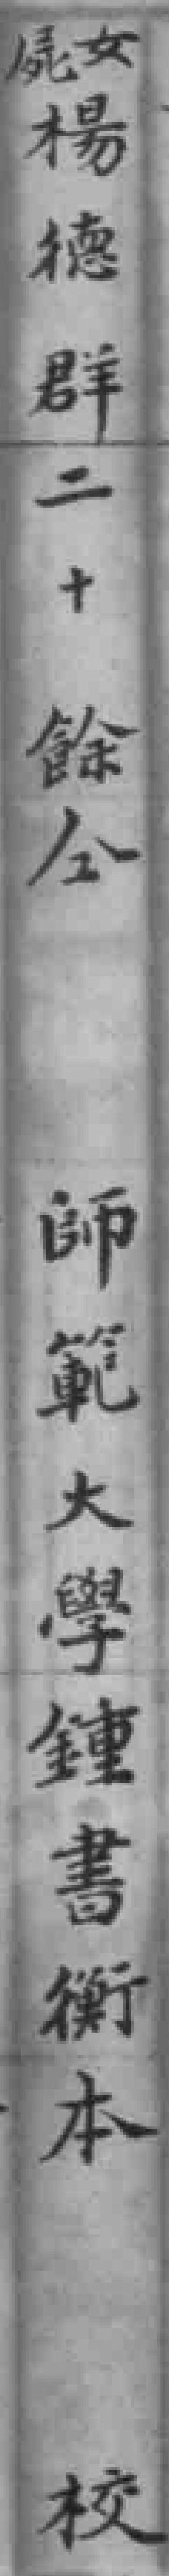
屍女楊德群二十餘仝師範大學鍾書衡本校